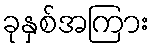
ခုနှစ်အကြား